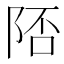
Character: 𨹭